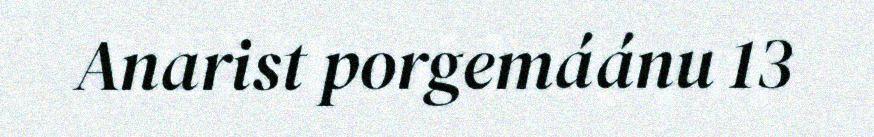
Anarist porgemáánu 13